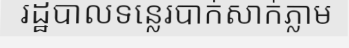
រដ្ឋបាលទន្លេរបាក់សាក់ភ្លាម